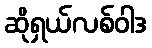
ဆိုရှယ်လစ်ဝါဒ